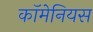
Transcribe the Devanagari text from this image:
कॉमेनियस